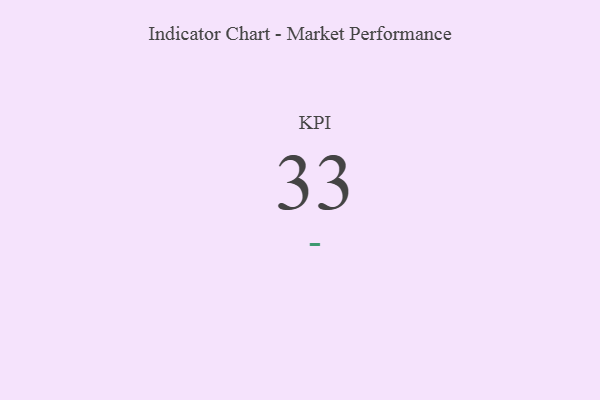
{"axis": {"x": "KPI", "y": "Value"}, "legend": [""], "data": [{"x": "KPI", "y": 33, "type": ""}]}